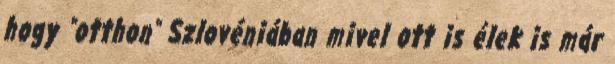
hogy "otthon" Szlovéniában mivel ott is élek is már